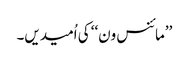
’’مائنس ون‘‘ کی اُمیدیں۔